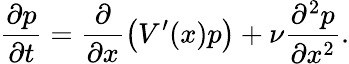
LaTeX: \frac{\partial p}{\partial t}=\frac{\partial}{\partial x}\big(V^{\prime}(x)p\big)+\nu\frac{\partial^{2}p}{\partial x^{2}}.